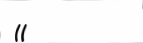
((